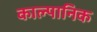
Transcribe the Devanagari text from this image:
काल्पानिक